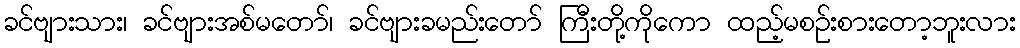
ခင်ဗျားသား၊ ခင်ဗျားအစ်မတော်၊ ခင်ဗျားခမည်းတော် ကြီးတို့ကိုကော ထည့်မစဉ်းစားတော့ဘူးလား